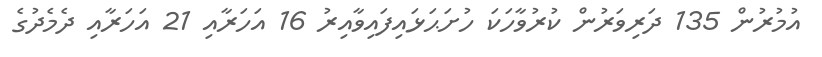
އުމުރުން 135 ދަރިވަރުން ކުރުވާހަކަ ހުށަޙަޅައިފައިވާއިރު 16 އަހަރާއި 21 އަހަރާއި ދެމެދުގެ